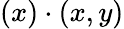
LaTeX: (x)\cdot(x,y)